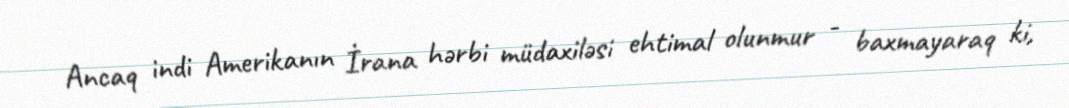
Ancaq indi Amerikanın İrana hərbi müdaxiləsi ehtimal olunmur - baxmayaraq ki,